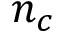
n _ { c }